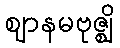
ဈာနမဗုဇ္ဈိ